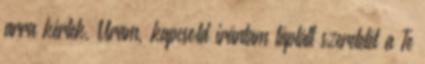
arra kérlek, Uram, kapcsold irántam táplált szeretetét a Te